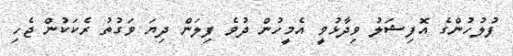
ފުލުހުންގެ އޮފިޝަލު ވިދާޅުވީ އެމީހުން ދުވެ ފިލަން ދިޔަ ވަގުތު ރެކަކުން ޖެހި